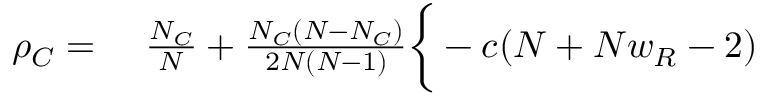
\begin{array} { r l } { \rho _ { C } = } & { { } ~ \frac { N _ { C } } { N } + \frac { N _ { C } ( N - N _ { C } ) } { 2 N ( N - 1 ) } \bigg \{ - c ( N + N w _ { R } - 2 ) } \end{array}